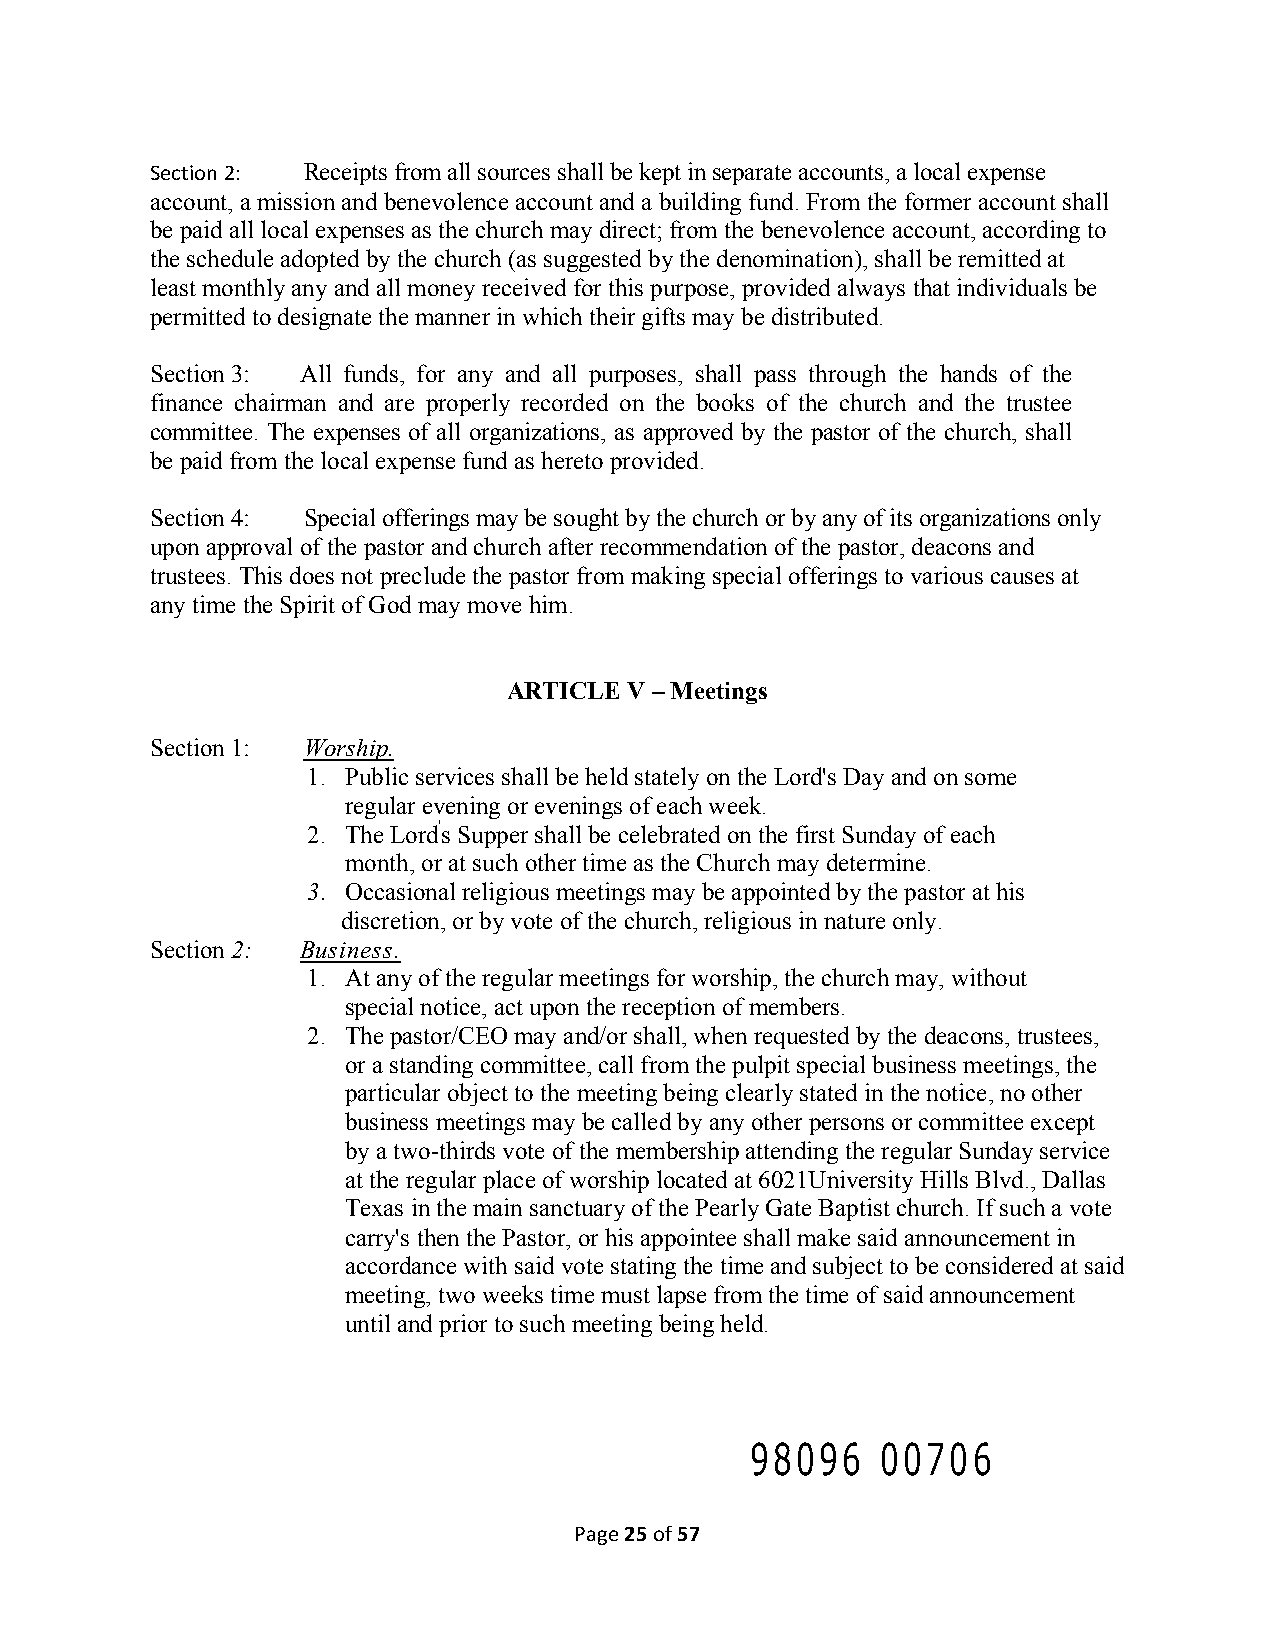
Section 2: Receipts from all sources shall be kept in separate accounts, a local expense
 account, a mission and benevolence account and a building fund. From the former account shall
 be paid all local expenses as the church may direct; from the benevolence account, according to
 the schedule adopted by the church (as suggested by the denomination), shall be remitted at
 least monthly any and all money received for this purpose, provided always that individuals be
 permitted to designate the manner in which their gifts may be distributed.
 Section 3: All funds, for any and all purposes, shall pass through the hands of the
 finance chairman and are properly recorded on the books of the church and the trustee
 committee. The expenses of all organizations, as approved by the pastor of the church, shall
 be paid from the local expense fund as hereto provided.
 Section 4: Special offerings may be sought by the church or by any of its organizations only
 upon approval of the pastor and church after recommendation of the pastor, deacons and
 trustees. This does not preclude the pastor from making special offerings to various causes at
 any time the Spirit of God may move him.
 ARTICLE V – Meetings
 Section 1: Worship.
 1. Public services shall be held stately on the Lord's Day and on some
 regular evening or evenings of each week.
 2. The Lord's Supper shall be celebrated on the first Sunday of each
 month, or at such other time as the Church may determine.
 3. Occasional religious meetings may be appointed by the pastor at his
 discretion, or by vote of the church, religious in nature only.
 Section 2: Business.
 1. At any of the regular meetings for worship, the church may, without
 special notice, act upon the reception of members.
 2. The pastor/CEO may and/or shall, when requested by the deacons, trustees,
 or a standing committee, call from the pulpit special business meetings, the
 particular object to the meeting being clearly stated in the notice, no other
 business meetings may be called by any other persons or committee except
 by a two-thirds vote of the membership attending the regular Sunday service
 at the regular place of worship located at 6021University Hills Blvd., Dallas
 Texas in the main sanctuary of the Pearly Gate Baptist church. If such a vote
 carry's then the Pastor, or his appointee shall make said announcement in
 accordance with said vote stating the time and subject to be considered at said
 meeting, two weeks time must lapse from the time of said announcement
 until and prior to such meeting being held.
 98096   00706
 Page 25 of 57